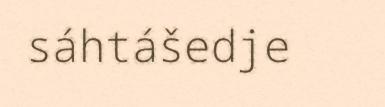
sáhtášedje